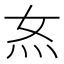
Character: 𭴇